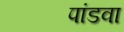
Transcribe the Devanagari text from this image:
पांडवा